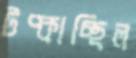
টপ্‌কাচ্ছিল